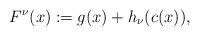
LaTeX: \begin{align*}F^{\nu}(x):=g(x)+h_{\nu}(c(x)),\end{align*}